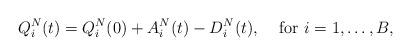
LaTeX: \begin{align*}Q_i^N(t)=Q_i^N(0)+A_i^N(t)-D_i^N(t),&\quad\mbox{ for }i=1,\ldots, B,\end{align*}